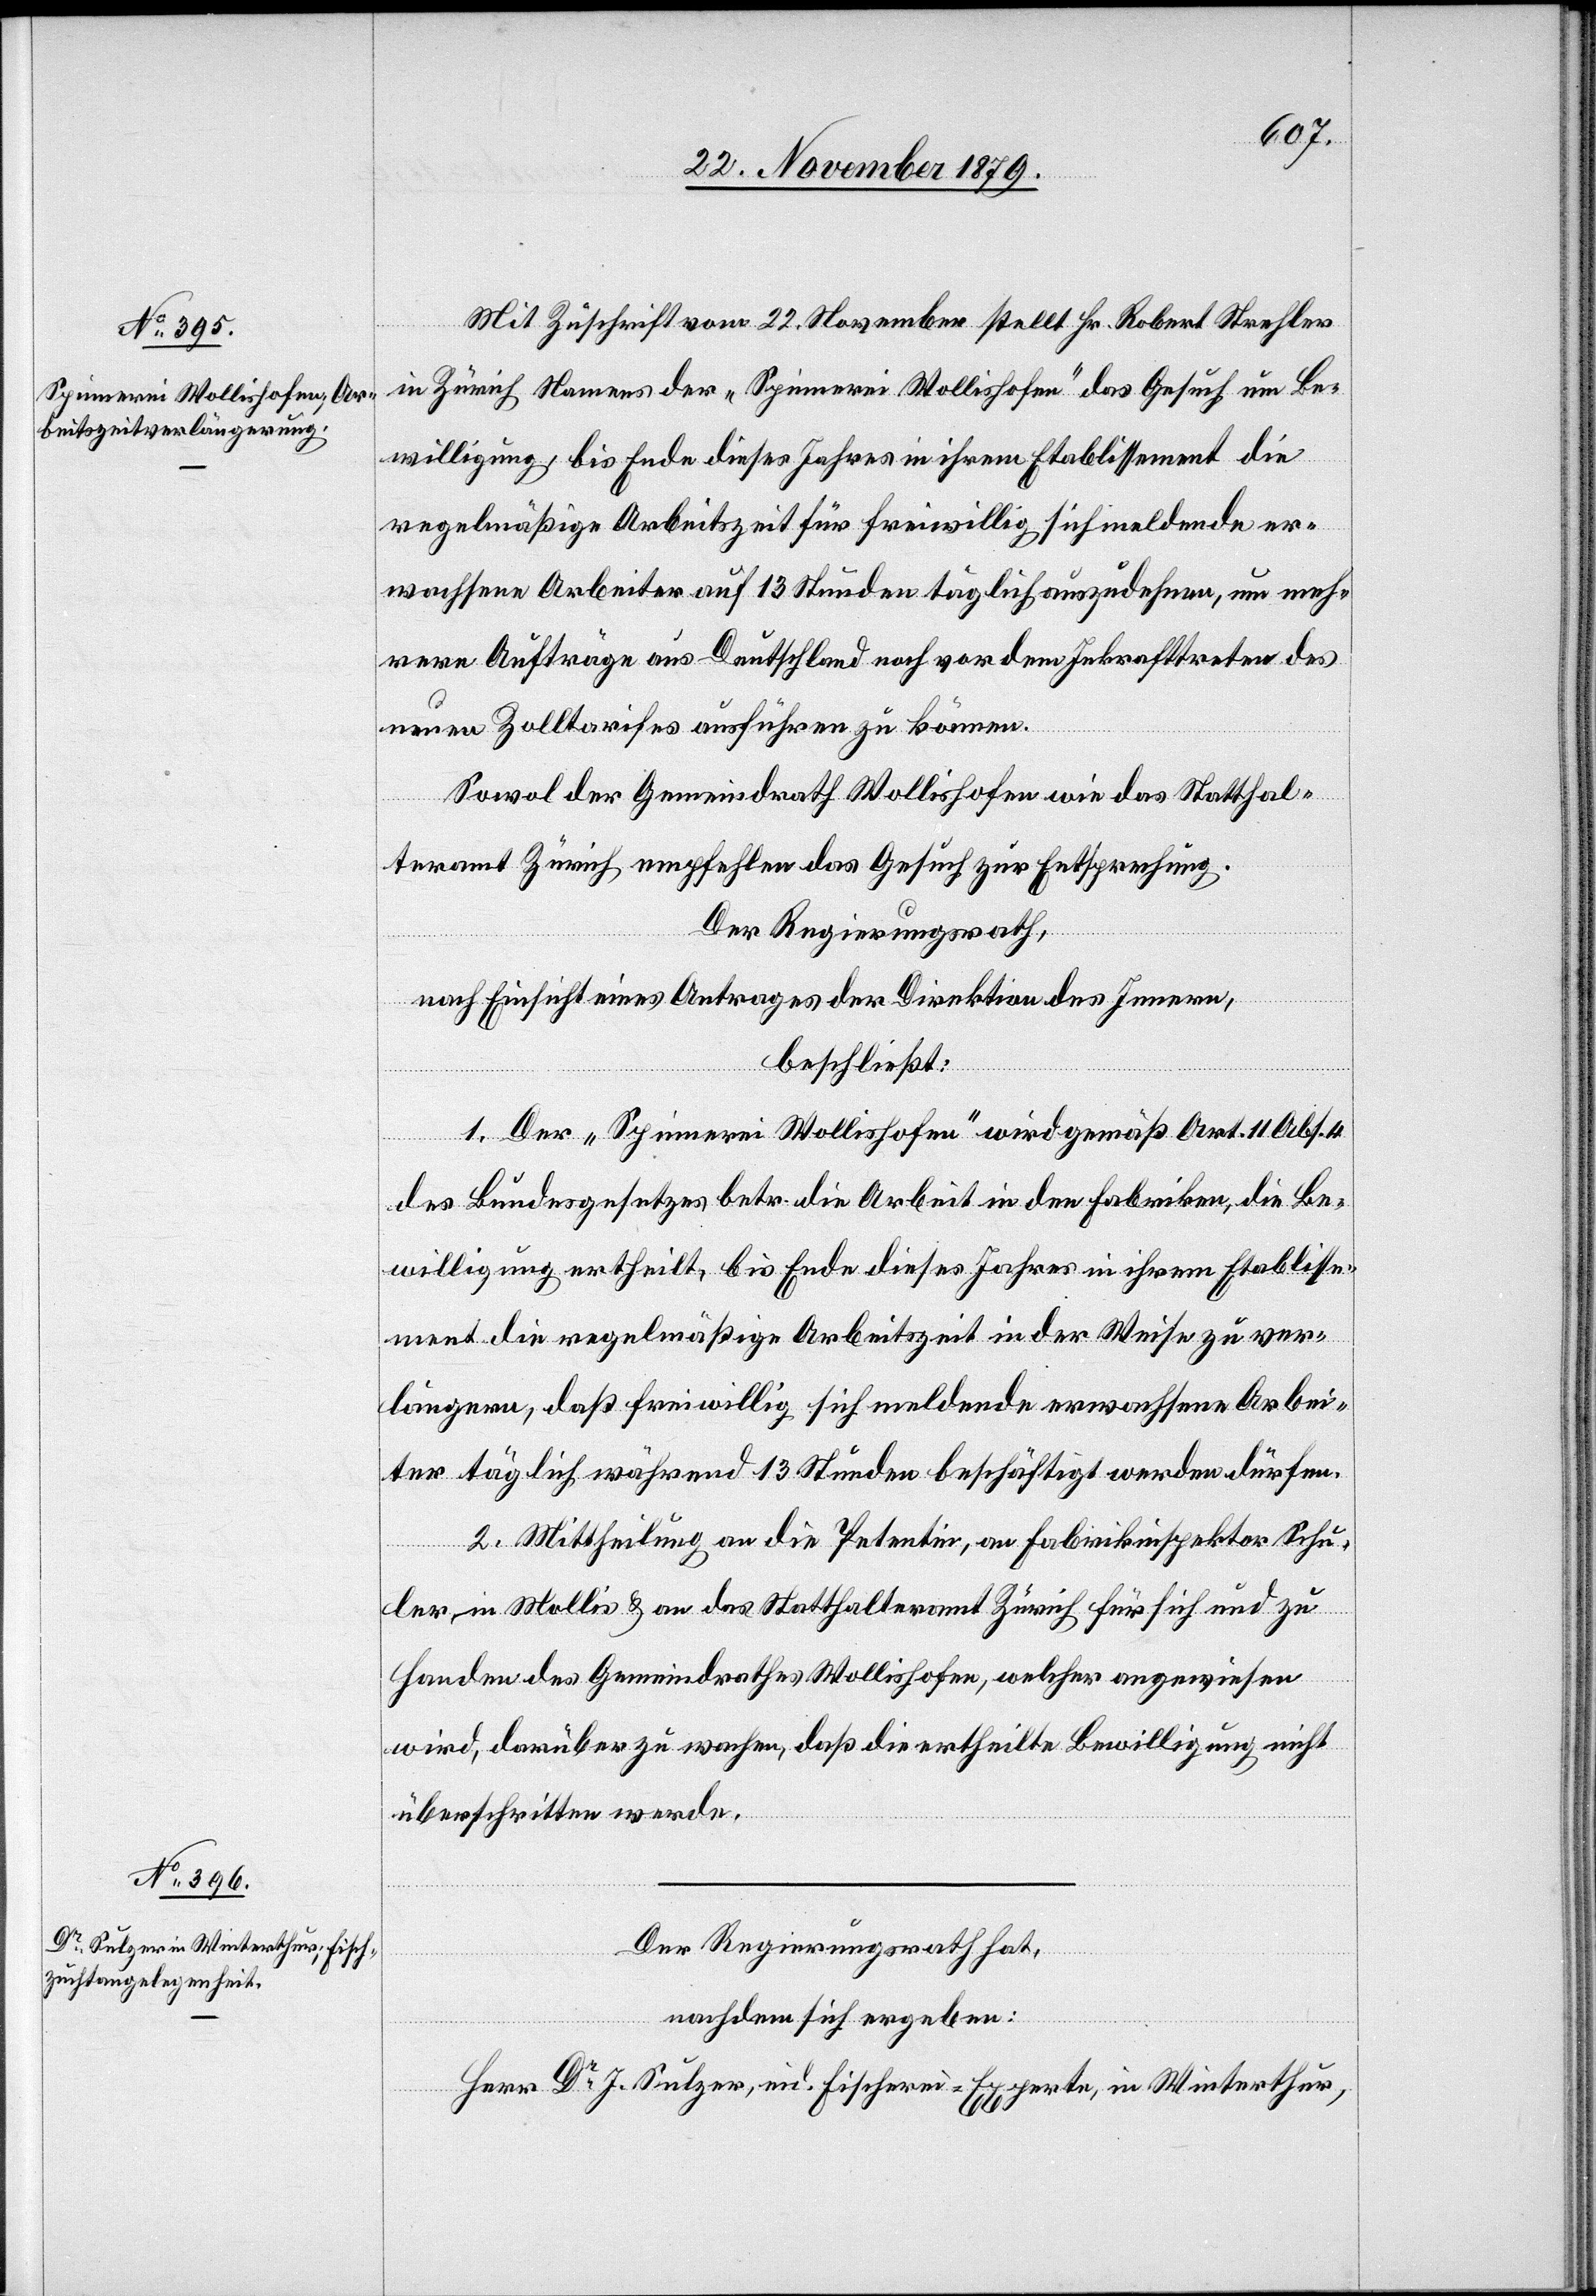
26. November 1879.]
Mit Zuschrift vom 22. November stellt Hr. Robert Strehler
in Zürich Namens der „Spinnerei Wollishofen“ das Gesuch um Be¬
willigung bis Ende dieses Jahres in ihrem Etablissement die
regelmäßige Arbeitszeit für freiwillig sich meldende er¬
wachsene Arbeiter auf 13 Stunden täglich auszudehnen, um meh¬
rere Aufträge aus Deutschland noch vor dem Inkrafttreten des
neuen Zolltarifes ausführen zu können.
Sowol der Gemeindrath Wollishofen wie das Statthal¬
teramt Zürich empfehlen das Gesuch zur Entsprechung.
Der Regierungsrath,
nach Einsicht eines Antrages der Direktion des Innern,
beschließt:
1. Der „Spinnerei Wollishofen“ wird gemäß Art. 11[,]
des Bundesgesetzes betr. die Arbeit in den Fabriken, die Be¬
willigung ertheilt, bis Ende dieses Jahres in ihrem Etablisse¬
ment die regelmäßige Arbeitszeit in der Weise zu ver¬
längern, daß freiwillig sich meldende erwachsene Arbei¬
ter täglich während 13 Stunden beschäftigt werden dürfen.
2. Mittheilung an die Petentin, an Fabrikinspektor Schu¬
ler, in Mollis & an das Statthalteramt Zürich für sich und zu
Handen des Gemeindrathes Wollishofen, welcher angewiesen
wird, darüber zu wachen, daß die ertheilte Bewilligung nicht
überschritten werde.
Der Regierungsrath hat,
nachdem sich ergeben:
Herrn Dr Sulzer, eid. Fischerei-Experte, in Winterthur,